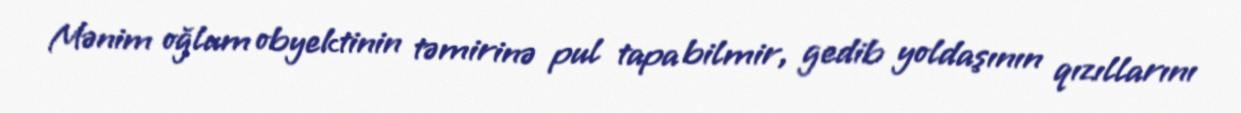
Mənim oğlum obyektinin təmirinə pul tapa bilmir, gedib yoldaşının qızıllarını